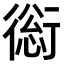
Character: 𧗺